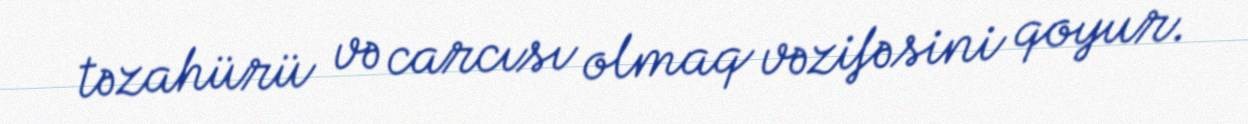
təzahürü və carcısı olmaq vəzifəsini qoyur.